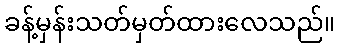
ခန့်မှန်းသတ်မှတ်ထားလေသည်။